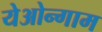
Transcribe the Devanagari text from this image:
येओन्गाम